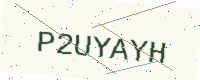
Text: P2UYAYH